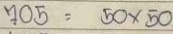
705 = 50 x 50